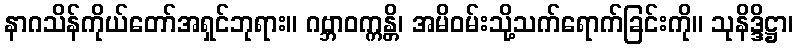
နာဂသိန်ကိုယ်တော်အရှင်ဘုရား။ ဂဗ္ဘာဝက္ကန္တိ၊ အမိဝမ်းသို့သက်ရောက်ခြင်းကို။ သုနိဒ္ဒိဋ္ဌာ၊